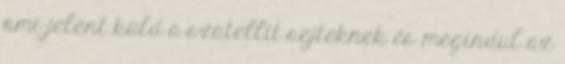
ami jelent küld a szatellit sejteknek és megindul az